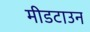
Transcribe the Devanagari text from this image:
मीडटाउन